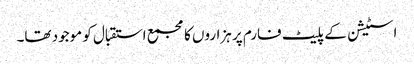
اسٹیشن کے پلیٹ فارم پر ہزاروں کا مجمع استقبال کو موجود تھا۔